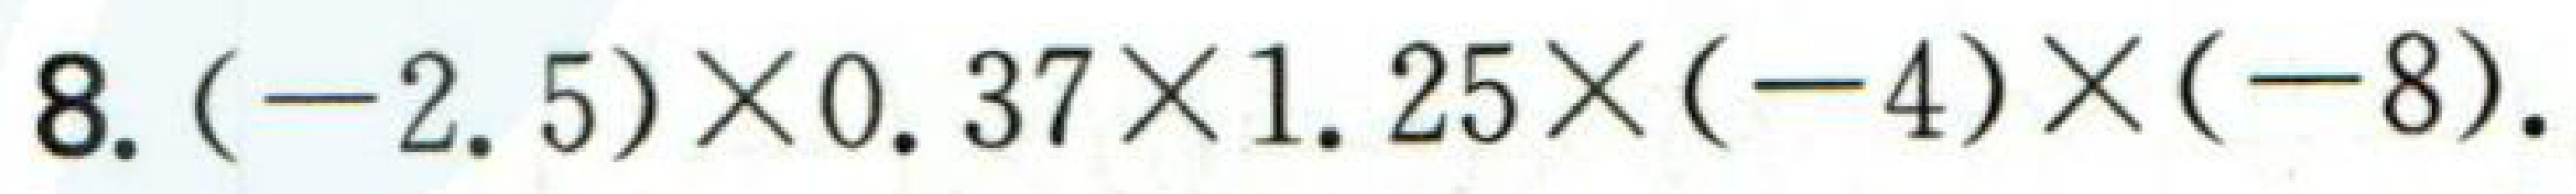
\(8.(-2.5)\times0.37\times1.25\times(-4)\times(-8).\)